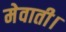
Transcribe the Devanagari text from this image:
मेवाती।